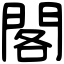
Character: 閣